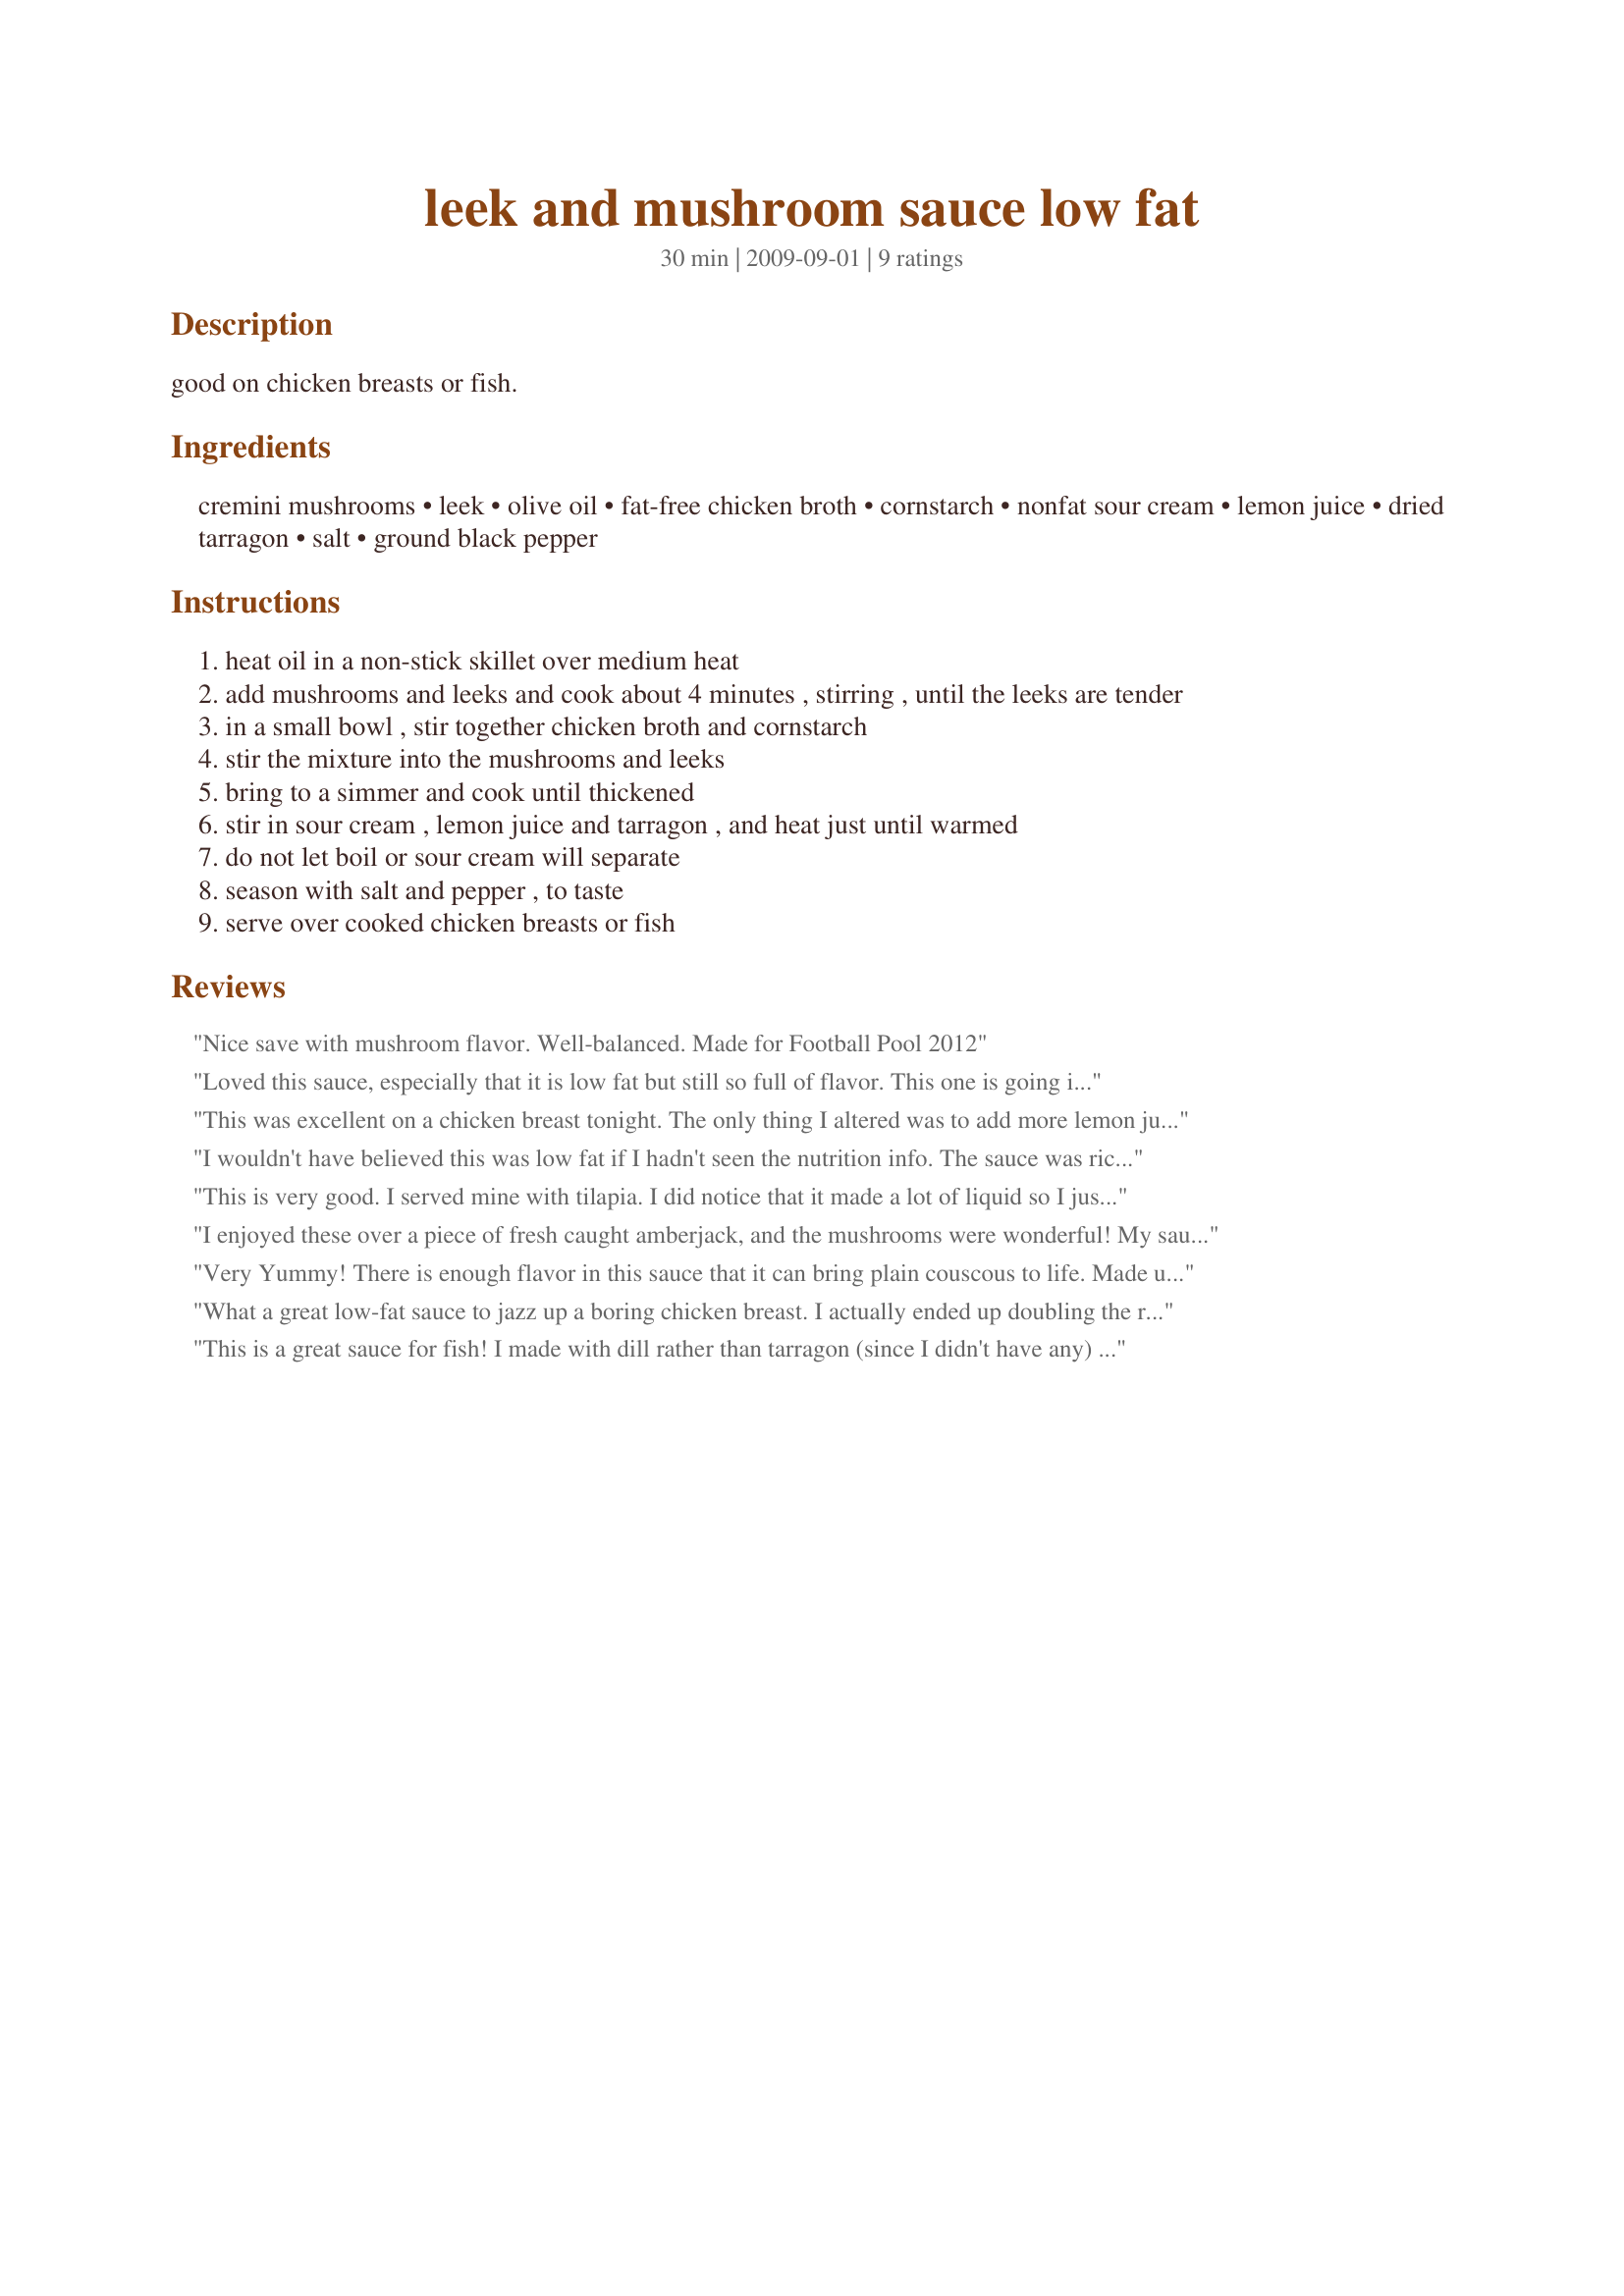
leek and mushroom sauce low fat
Preparation time: 30 minutes

good on chicken breasts or fish.

Ingredients:
cremini mushrooms, leek, olive oil, fat-free chicken broth, cornstarch, nonfat sour cream, lemon juice, dried tarragon, salt, ground black pepper

Steps:
heat oil in a non-stick skillet over medium heat
add mushrooms and leeks and cook about 4 minutes , stirring , until the leeks are tender
in a small bowl , stir together chicken broth and cornstarch
stir the mixture into the mushrooms and leeks
bring to a simmer and cook until thickened
stir in sour cream , lemon juice and tarragon , and heat just until warmed
do not let boil or sour cream will separate
season with salt and pepper , to taste
serve over cooked chicken breasts or fish

Reviews:
Nice save with mushroom flavor. Well-balanced. Made for Football Pool 2012
Loved this sauce, especially that it is low fat but still so full of flavor. This one is going into my "Best of 2013". I really love a sauce over my meats, especially dryer ones like bs chicken breasts but they usually add a lot of fat. I seasoned my chicken breast with the seasoning from my recipe#220870 and then grilled them and served topped with the sauce along with green beans and sourdough bread, yummy!!! Thanks so much for sharing the recipe. Made for your win in the football pool, congrats again!!
This was excellent on a chicken breast tonight. The only thing I altered was to add more lemon juice (I tripled it). Simple to make and even with slicing time mine was ready to serve in 20 mins. Oh yes!, I didn't have any tarragon so I didn't add any herb and I couldn't tell that it suffered any. Mike, do you think this could be put up in pint jars? :D. Made for *Partying The Diabetic Way*
I wouldn't have believed this was low fat if I hadn't seen the nutrition info. The sauce was rich and flavorful, perfect for a chicken breast or a piece of fish (I used cod).I used fresh tarragon from my garden, about a teaspoon instead of the 1/4 teaspoon of dried that was called for. I also served 3 easily with this amount, which made the calories even lower. I'd like to try it with some fancy wild mushrooms when they come into season- they would just send this one over the moon! Thanks for posting a wonderful sauce that even a dieter can enjoy with zero guilt!
This is very good. I served mine with tilapia. I did notice that it made a lot of liquid so I just drained most of it and served just a bit of the sauce over the mushrooms. I made as posted and there is plenty for 3 servings. Thanks for posting. :)
I enjoyed these over a piece of fresh caught amberjack, and the mushrooms were wonderful! My sauce was a bit thick....think my chicken broth evaporated too fast, so next time I'll make sure my skillet is a bit cooler. Beautiful topping for fish or chicken.....or maybe even a baked potato. Thanks for sharing your delicious recipe. Made for ZWT8.
Very Yummy! There is enough flavor in this sauce that it can bring plain couscous to life. Made using baby portabellas. Doubled the cornstarch and was glad I did or it would have been to thin. Also used smokehouse pepper and left out the tarragon. Will be making again. Thanks so much for the post.
What a great low-fat sauce to jazz up a boring chicken breast. I actually ended up doubling the recipe by mistake (???) and hubby liked it so much he put the rest of the sauce on his veggies! I do agree with the previous poster that doubling the cornstarch is advised if you want a nice thick sauce. My modifications were: squeezing in 1/4 of a lime, substituting thyme for tarragon, and using low-fat sour cream instead of the yogurt. This one will certainly be added to my roster of low-fat recipes. Thanks so much for posting, Mikekey! :)
This is a great sauce for fish! I made with dill rather than tarragon (since I didn't have any) and served it over snapper. Was a nice light sauce that didn't overpower the fish. Made for Football Pool 2012-13 Win.
